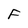
Character: F